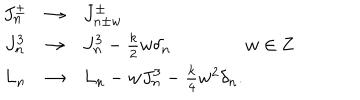
\begin{array} { c c l } { { J _ { n } ^ { \pm } } } & { { \rightarrow } } & { { J _ { n \pm w } ^ { \pm } } } \\ { { J _ { n } ^ { 3 } } } & { { \rightarrow } } & { { J _ { n } ^ { 3 } - { \frac { k } { 2 } } w \delta _ { n } \qquad \qquad w \in { \bf Z } } } \\ { { L _ { n } } } & { { \rightarrow } } & { { L _ { n } - w J _ { n } ^ { 3 } - { \frac { k } { 4 } } w ^ { 2 } \delta _ { n } . } } \\ \end{array}